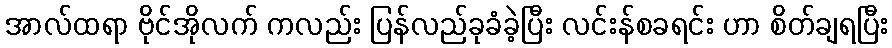
အာလ်ထရာ ဗိုင်အိုလက် ကလည်း ပြန်လည်ခုခံခဲ့ပြီး လင်းန်စခရင်း ဟာ စိတ်ချရပြီး